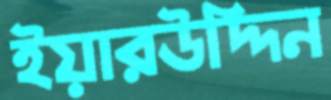
ইয়ারউদ্দিন